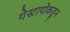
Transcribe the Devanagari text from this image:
गेस्टापोकडून